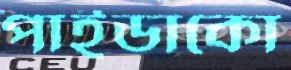
পাইডাকো